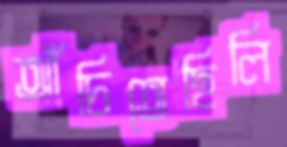
আঁচিতেছিলি